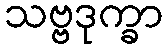
သဗ္ဗဒုက္ခာ